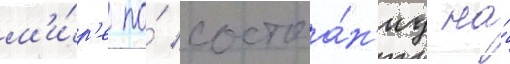
м'и́р'е по́ состоа́н'иу на́